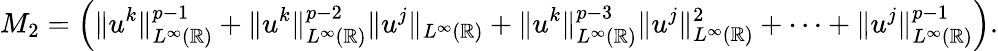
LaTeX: M_{2}=\left(\| u^{k}\| _{L^{\infty}(\mathbb{R})}^{p-1}+\| u^{k}\| _{L^{\infty}(\mathbb{R})}^{p-2}\| u^{j}\| _{L^{\infty}(\mathbb{R})}+\| u^{k}\| _{L^{\infty}(\mathbb{R})}^{p-3}\| u^{j}\| _{L^{\infty}(\mathbb{R})}^{2}+\cdots+\| u^{j}\| _{L^{\infty}(\mathbb{R})}^{p-1}\right).